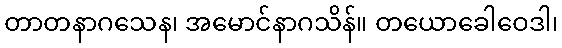
တာတနာဂသေန၊ အမောင်နာဂသိန်။ တယောခေါဝေဒါ၊